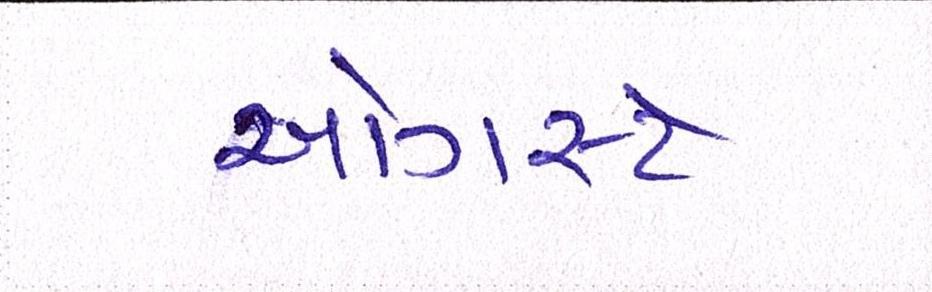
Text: ઓગસ્ટે